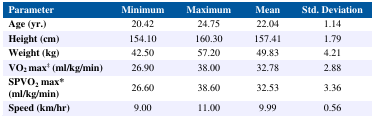
<table><thead><tr><td><b>Parameter</b></td><td><b>Minimum</b></td><td><b>Maximum</b></td><td><b>Mean</b></td><td><b>Std. Deviation</b></td></tr></thead><tbody><tr><td><b>Age (yr.)</b></td><td>20.42</td><td>24.75</td><td>22.04</td><td>1.14</td></tr><tr><td><b>Height (cm)</b></td><td>154.10</td><td>160.30</td><td>157.41</td><td>1.79</td></tr><tr><td><b>Weight (kg)</b></td><td>42.50</td><td>57.20</td><td>49.83</td><td>4.21</td></tr><tr><td><b>VO<sub>2</sub>max<sup>‡</sup>(ml/kg/min)</b></td><td>26.90</td><td>38.00</td><td>32.78</td><td>2.88</td></tr><tr><td><b>SPVO<sub>2</sub>max* (ml/kg/min)</b></td><td>26.60</td><td>38.60</td><td>32.53</td><td>3.36</td></tr><tr><td><b>Speed (km/hr)</b></td><td>9.00</td><td>11.00</td><td>9.99</td><td>0.56</td></tr></tbody></table>